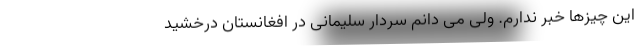
این چیزها خبر ندارم. ولی می دانم سردار سلیمانی در افغانستان درخشید